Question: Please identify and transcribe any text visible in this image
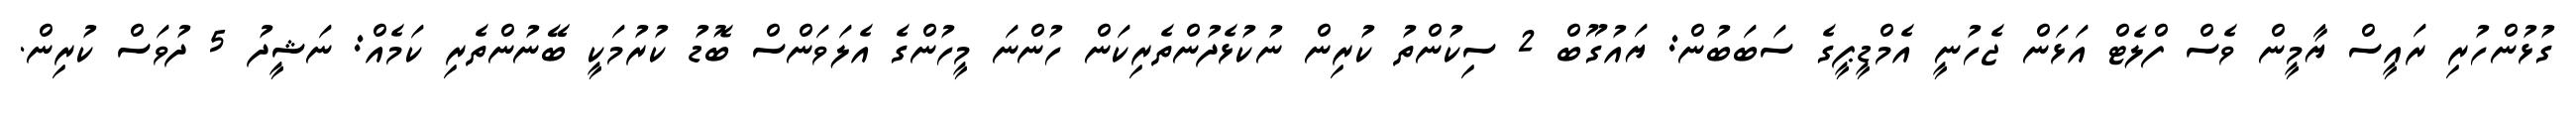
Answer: ގުޅުންހުރި ރައީސް ޔާމީން ވެސް ފްލެޓް އަޅަން ޖެހުނީ އެމްޑީޕީގެ ސަބަބުން: ޔައުގޫބް 2 ސިކުންތު ކުރިން ނުކުޅެދުންތެރިކަން ހުންނަ މީހުންގެ އެލަވަންސް ބޮޑު ކުރުމަކީ ބޭނުންތެރި ކަމެއް: ނަޝީދު 5 ދުވަސް ކުރިން.